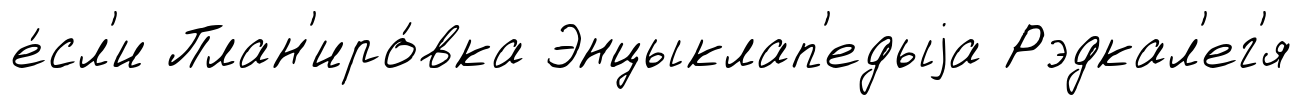
е́сл'и План'иро́вка Энцыклап'едыjа Рэдкал'ег'я